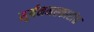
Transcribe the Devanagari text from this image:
सूर्यनमस्कारांत